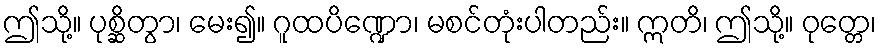
ဤသို့။ ပုစ္ဆိတွာ၊ မေး၍။ ဂူထပိဏ္ဍော၊ မစင်တုံးပါတည်း။ ဣတိ၊ ဤသို့။ ဝုတ္တေ၊